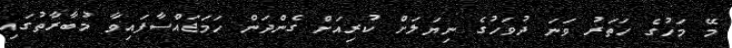
މޭ މަހުގެ ހަތަރު ވަނަ ދުވަހުގެ ނިޔަލަށް ކުރިއަށް ގެންދަން ހަމަޖައްސާފައިވާ މުބާރާތުގައި